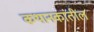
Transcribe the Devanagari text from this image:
कथानकांतील